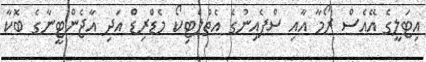
އިޓަލީގެ އޭއެސް ރޯމާ އާއި ސްޕެއިނުގެ އެތުލެޓިކޯ މެޑްރިޑް އަދި އާޖެންޓީނާގެ ބޮކާ